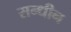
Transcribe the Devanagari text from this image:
सन्धीन